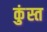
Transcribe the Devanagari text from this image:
कुंस्त